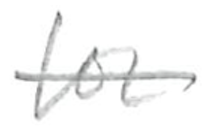
Text: for
Cross-out: single-line
Writing tool: pencil